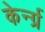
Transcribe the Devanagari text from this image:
केर्न्ग्र